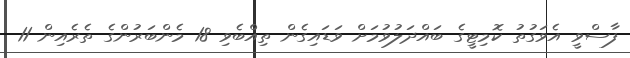
ފާސްވީ އެވަގުތު ކޮމިޓީގެ ބައްދަލުވުމަށް ވަޑައިގެން ތިއްބެވި 18 މެންބަރުންގެ ތެރެއިން 11